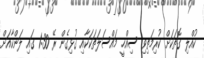
ކުއްލި ގޮތަކަށް ކުރިމަތިވި ސިއްހީ މައްސަލަތަކަކާއި ގުޅިގެން ރޭ 1:30 ގައި ލަންކާއަށް